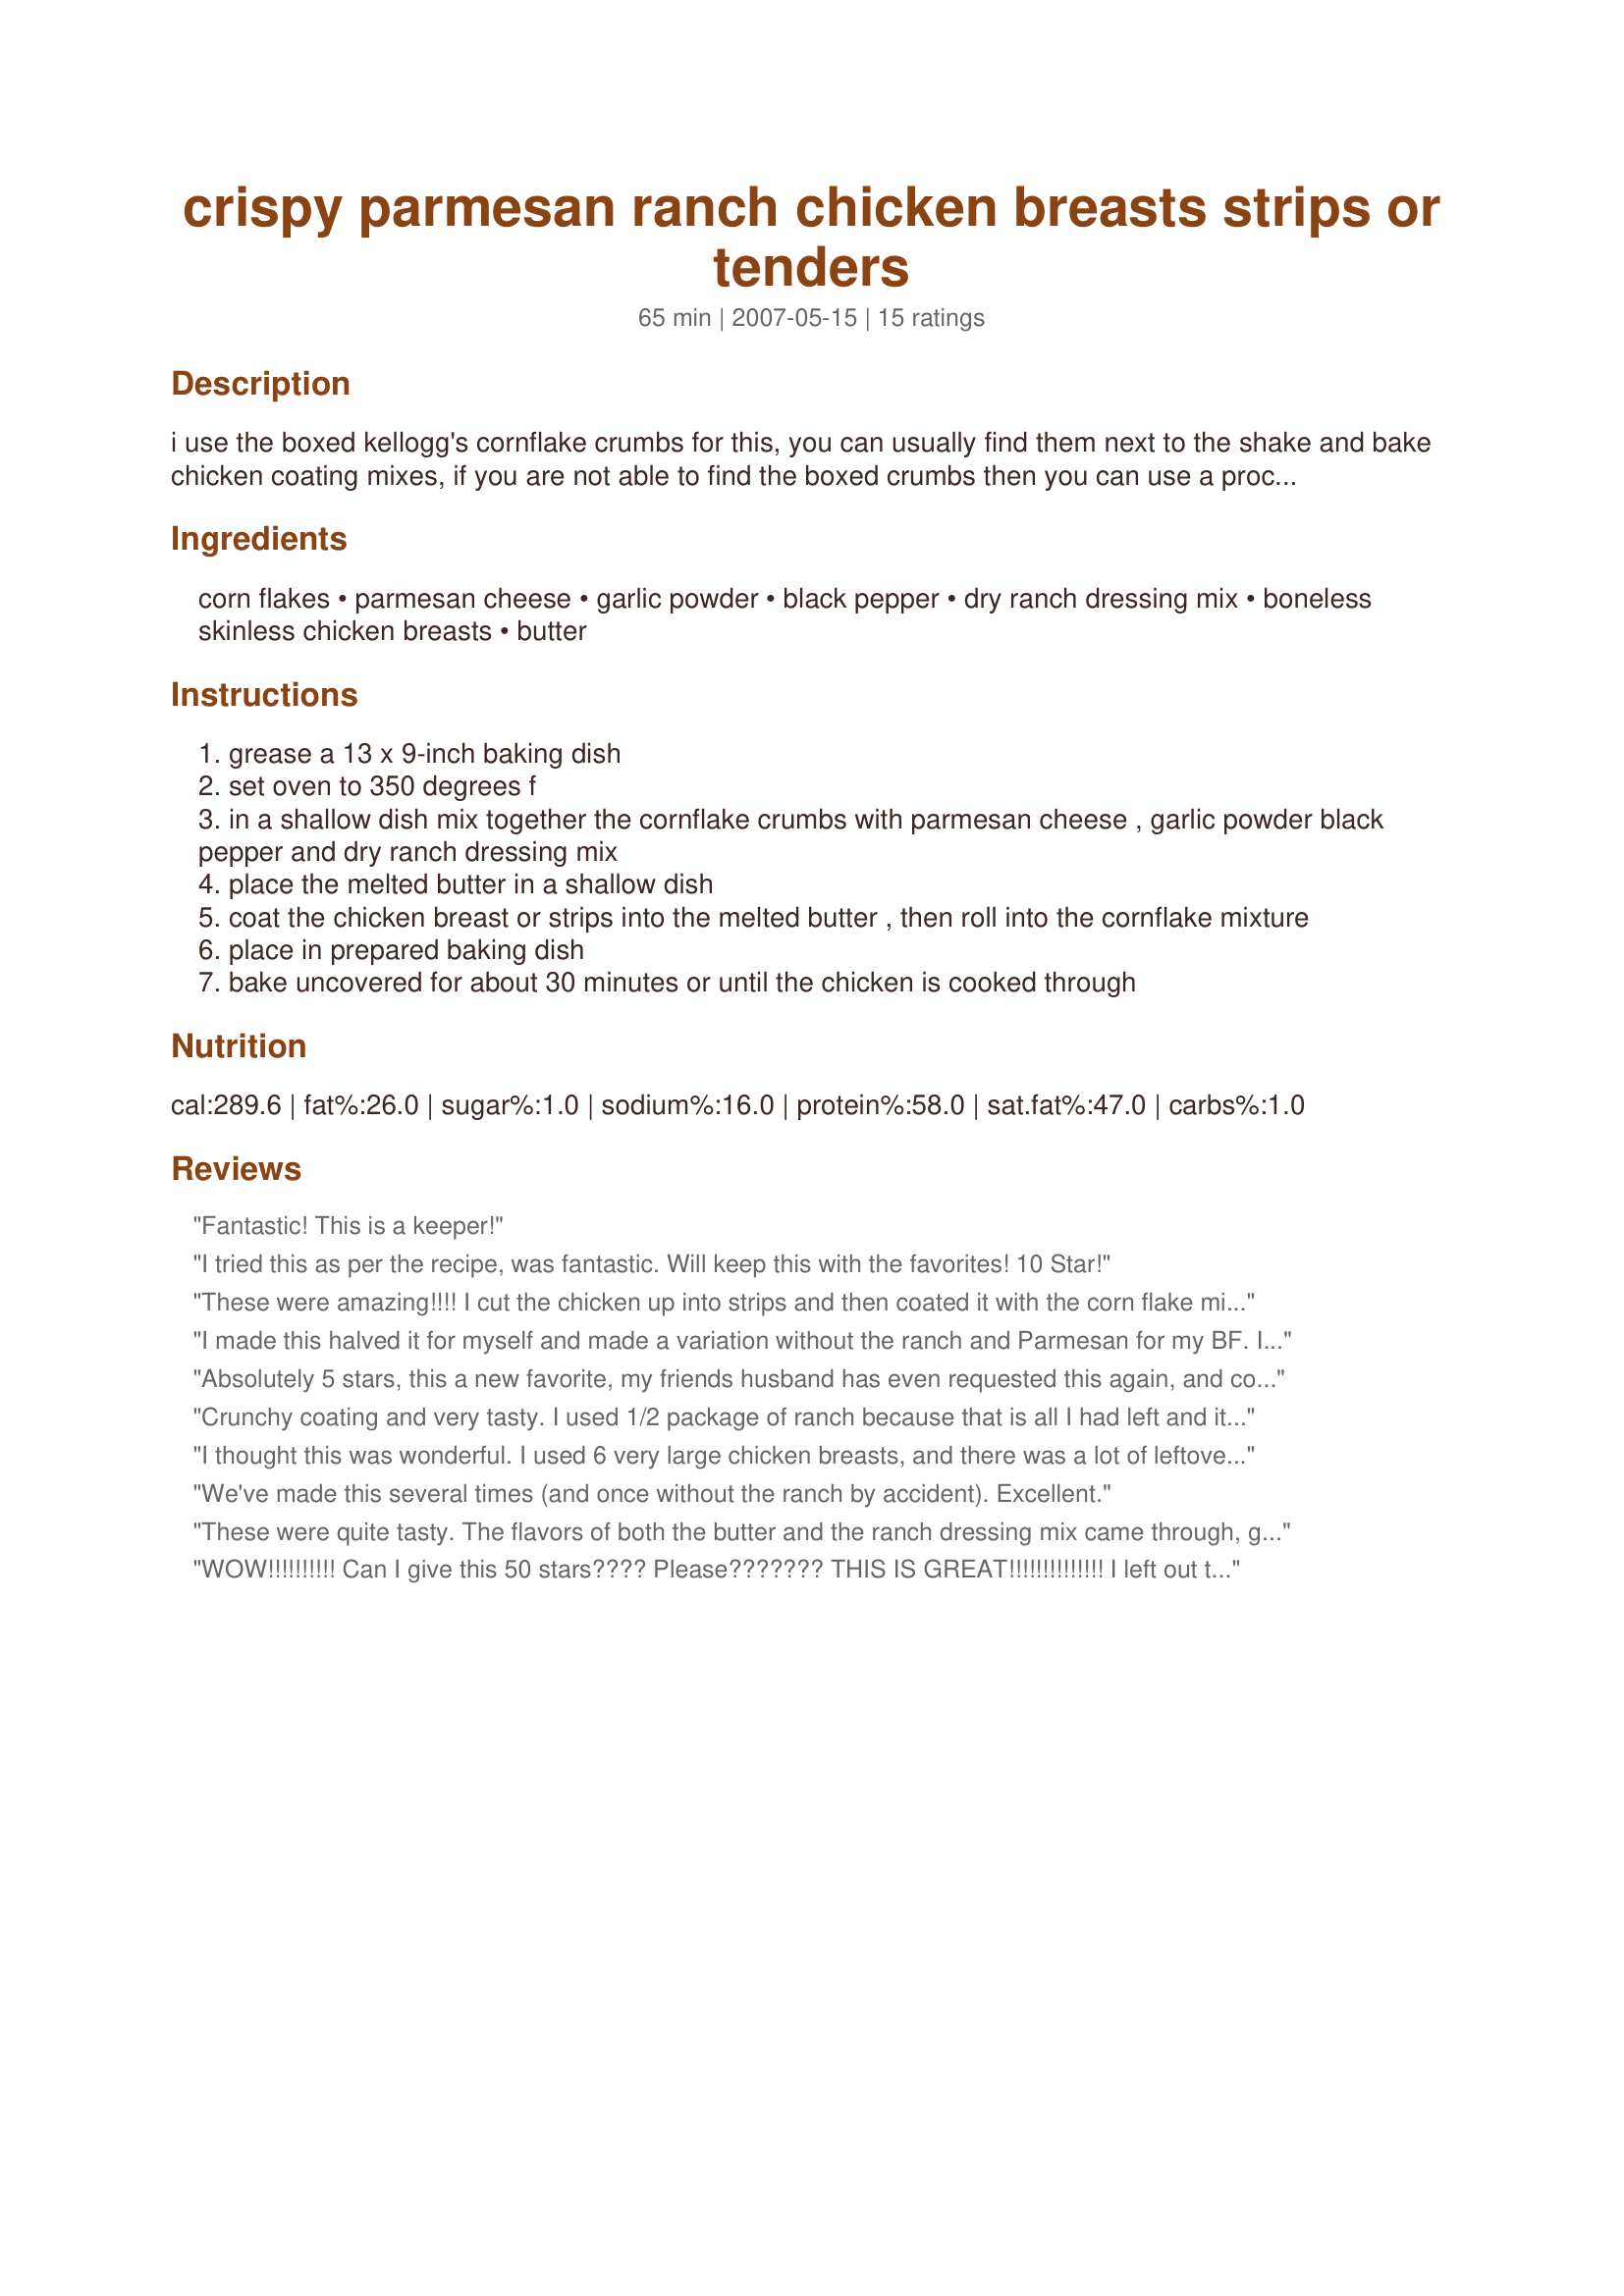
crispy parmesan ranch chicken breasts strips or tenders
Preparation time: 65 minutes

i use the boxed kellogg's cornflake crumbs for this, you can usually find them next to the shake and bake chicken coating mixes, if you are not able to find the boxed crumbs then you can use a processor to crush the cornflakes, reduce the baking time to 25 minutes for strips and for tenders bake only 20 minutes --- low-fat option use a healthy butter alternative in place of butter

Ingredients:
corn flakes, parmesan cheese, garlic powder, black pepper, dry ranch dressing mix, boneless skinless chicken breasts, butter

Steps:
grease a 13 x 9-inch baking dish
set oven to 350 degrees f
in a shallow dish mix together the cornflake crumbs with parmesan cheese , garlic powder black pepper and dry ranch dressing mix
place the melted butter in a shallow dish
coat the chicken breast or strips into the melted butter , then roll into the cornflake mixture
place in prepared baking dish
bake uncovered for about 30 minutes or until the chicken is cooked through

Reviews:
Fantastic! This is a keeper!
I tried this as per the recipe, was fantastic. Will keep this with the favorites! 10 Star!
These were amazing!!!! I cut the chicken up into strips and then coated it with the corn flake mixture. The cook time was right on for the strips. Every one loved them. I made them with sauteed squash and rice pilaf. What a great meal. Everyone cleaned their plates which is a big accomplishment in this house.
I made this halved it for myself and made a variation without the ranch and Parmesan for my BF. I LOVE IT! The taste was bold and amazing and the crunch was different and exciting. I made the boy crumble the cornflakes, with a bottle of wine, since we don't have a rolling pin, but of course its a great excuse to chill the bottle afterwards :) Thanks so much for Sharing Kittencal!
Absolutely 5 stars, this a new favorite, my friends husband has even requested this again, and coming from him as a big fan of beef, that's saying something :) We all agree this will be an easy repeat, and it's so easy to put together and keep the ingredients on hand. Thanks Kitten for another yummy recipe! :)
Crunchy coating and very tasty. I used 1/2 package of ranch because that is all I had left and it was still very flavorful.
I thought this was wonderful. I used 6 very large chicken breasts, and there was a lot of leftover breading. Otherwise I followed the recipe exactly. So easy and the whole family enjoyed it. I will be making this again. Another winner, Kittencal.
We've made this several times (and once without the ranch by accident). Excellent.
These were quite tasty. The flavors of both the butter and the ranch dressing mix came through, giving the chicken a lovely tangy, buttery flavor. I had minor issues with getting the corn flakes crumbs to stick well, but the ones that stuck had a nice crunch to them.
This time I made strips. Next time I will see how whole breasts turn out.
WOW!!!!!!!!!! Can I give this 50 stars???? Please??????? THIS IS GREAT!!!!!!!!!!!!!! I left out the cheese, because none of the kids in this family (yes, including me) like parmessan cheese, and I took your suggestion on the food processor and ground up the cornflakes in the blender. That is SO much easier than crumbling them up in a plastic baggie with a rolling pin. I've already made this twice in less then a week - my entire family (that can eat; my baby brother can't eat anything but mushed up bananas...lol) LOVE LOVE LOVES this!!!!!!!!! My experience with Kittencal is getting better and better!!!!! Thanks for the fabulous recipe!!!!!!!!!!
These turned out really well for me - so crunchy, flavorful and moist. I used chicken tenders and the crushed corn flakes that come in the box. The coating seemed to stay on just fine for me. My kids really enjoyed them and they were all gone in no time. Thanks for sharing!
love these
My husband LOVED this recipe..followed it as per directions, except I only had bone-in thighs and drumsticks, but it still turned out great! Don&#039;t sub the ingredients tho, and I pre-marinated chicken in a bit of the ranch sauce mixed with water. Great recipe!
Nice recipe Carol-I used Hidden Valley's Spicy Ranch for zip-good crunch, great flavor.
Delicious! Super moist and flavorful chicken. I used chicken tenderloins and served them with onion rings. I opted to omit the garlic powder. Made for Help A Naked Recipe.
